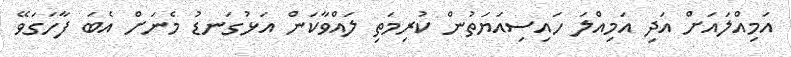
އަމިއްލައަށް އަދި އަމިއްލަ ހައިސިއަޔަތުން ކުރިމަތި ލައްވާކަން އަޅުގަނޑު މެނަށް އެބަ ފާހަގަވޭ